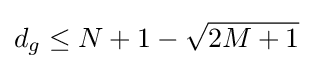
d_{g}\leq N+1-{\sqrt {2M+1}}